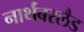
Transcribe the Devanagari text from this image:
नार्थंबरलैड